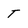
Character: T